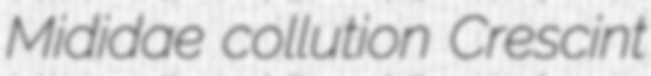
Mididae collution Crescint